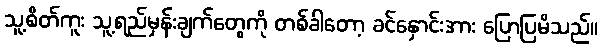
သူ့စိတ်ကူး သူ့ရည်မှန်းချက်တွေကို တစ်ခါတော့ ခင်နှောင်းအား ပြောပြမိသည်။